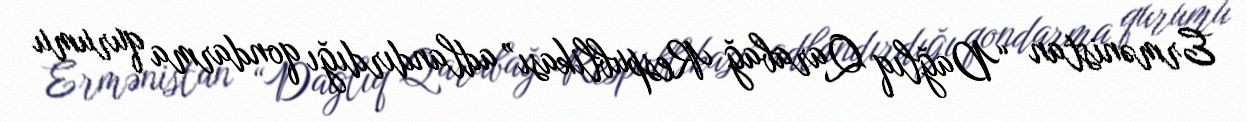
Ermənistan “Dağlıq Qarabağ Respublikası” adlandırdığı qondarma qurumu